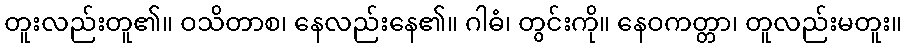
တူးလည်းတူ၏။ ဝသိတာစ၊ နေလည်းနေ၏။ ဂါဓံ၊ တွင်းကို။ နေဝကတ္တာ၊ တူလည်းမတူး။